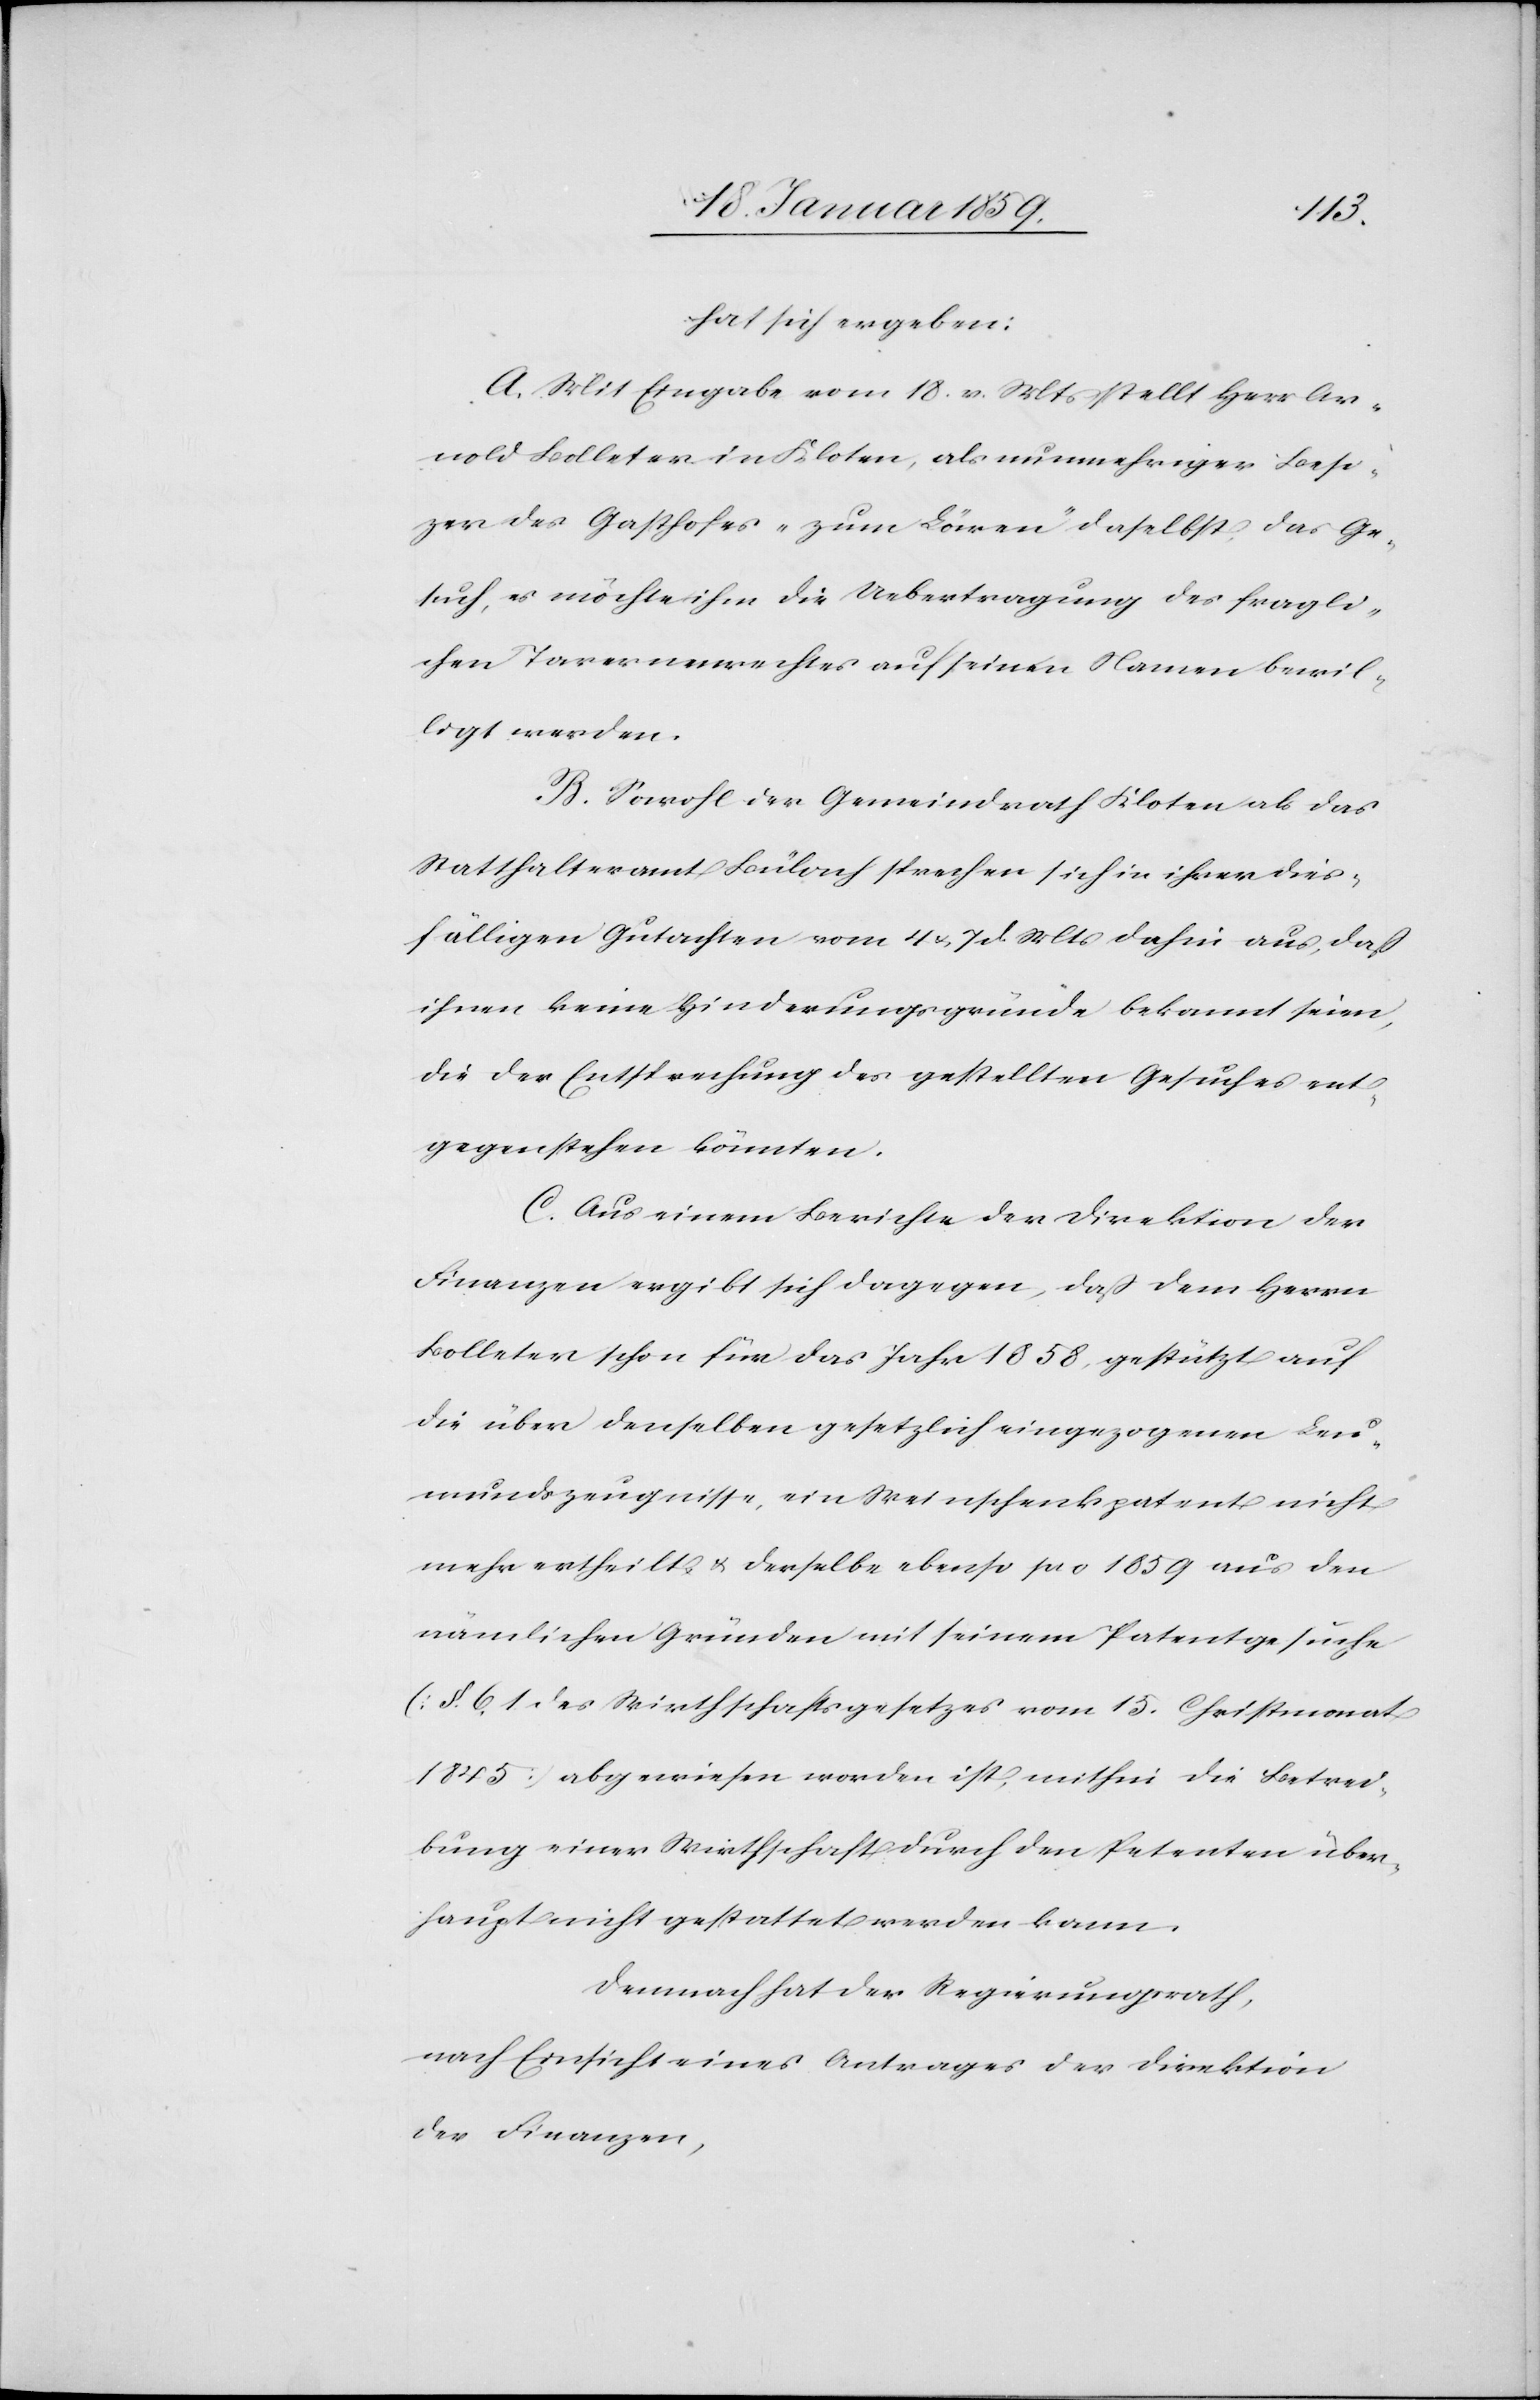
dies¬
hat sich ergeben:
A. Mit Eingabe vom 18. v. Mts. stellt Herr Ar¬
nold Bolleter in Kloten, als nunmehriger Besit¬
zer des Gasthofes „zum Löwen“ daselbst, das Ge¬
such, es möchte ihm die Uebertragung des fragli¬
chen Tavernenrechtes auf seinen Namen bewil¬
ligt werden.
B. Sowohl der Gemeinderath Kloten als das
Statthalteramt Bülach sprachen sich in ihrer [sic!]
fälligen Gutachten vom 4 u. 7 d. Mts dahin aus, daß
ihnen keine Hinderungsgründe bekannt seien,
die der Entsprechung des gestellten Gesuches ent¬
gegenstehen könnten.
C. Aus einem Berichte der Direktion der
Finanzen ergibt sich dagegen, daß dem Herrn
Bolleter schon für das Jahr 1858, gestützt auf
die über denselben gesetzlich eingezogenen Leu¬
mundszeugnisse, ein Weinschankpatent nicht
mehr ertheilt u. derselbe ebenso pro 1859 aus den
nämlichen Gründen mit seinem Patentgesuche
[§. 61 des Wirthschaftsgesetzes vom 15. Christmonat
1845] abgewiesen worden ist, mithin die Betrei¬
bung einer Wirthschaft durch den Petenten über¬
haupt nicht gestattet werden kann.
Demnach hat der Regierungsrath,
nach Einsicht eines Antrages der Direktion
der Finanzen,